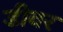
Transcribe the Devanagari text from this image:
डीवर